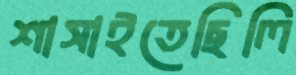
শাসাইতেছিলি